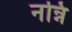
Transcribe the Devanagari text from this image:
नन्नि